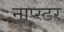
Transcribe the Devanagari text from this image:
नाप्स्टर